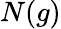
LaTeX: N(g)